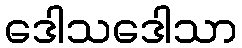
ဒေါသဒေါသာ